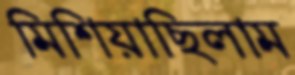
মিশিয়াছিলাম